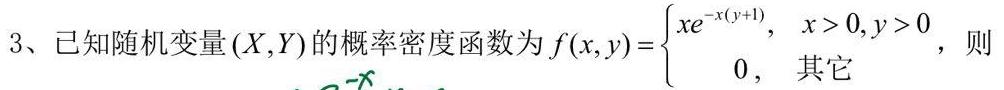
3、已知随机变量$(X,Y)$的概率密度函数为$f(x,y)=\begin{cases}xe^{-x(y + 1)},&x > 0,y > 0\\0,&其它\end{cases}$，则